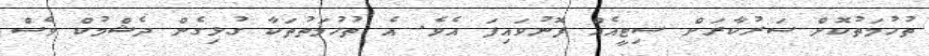
ތުހުމަތުކޮށް ސަރުކާރަށް ސިޓީއެއް ފޮނުވައިފަ އެވެ. އެ ތުހުމަތުތަކާ ގުޅިގެން ދެޝްމުކް ވެސް